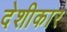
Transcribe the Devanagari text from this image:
देशीकार